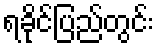
ရခိုင်ပြည်တွင်း